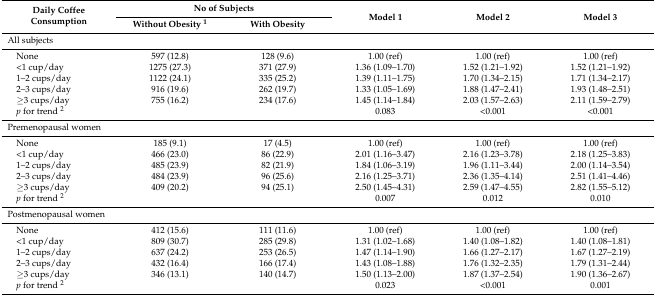
<table><thead><tr><td rowspan="2"><b>Daily Coffee Consumption</b></td><td colspan="2"><b>No of Subjects </b></td><td rowspan="2"><b>Model 1</b></td><td rowspan="2"><b>Model 2</b></td><td rowspan="2"><b>Model 3</b></td></tr><tr><td><b>Without Obesity <sup>1</sup></b></td><td><b>With Obesity</b></td></tr></thead><tbody><tr><td>All subjects</td><td></td><td></td><td></td><td></td><td></td></tr><tr><td> None</td><td>597 (12.8)</td><td>128 (9.6)</td><td>1.00 (ref)</td><td>1.00 (ref)</td><td>1.00 (ref)</td></tr><tr><td> &lt;1 cup/day</td><td>1275 (27.3)</td><td>371 (27.9)</td><td>1.36 (1.09–1.70)</td><td>1.52 (1.21–1.92)</td><td>1.52 (1.21–1.92)</td></tr><tr><td> 1–2 cups/day</td><td>1122 (24.1)</td><td>335 (25.2)</td><td>1.39 (1.11–1.75)</td><td>1.70 (1.34–2.15)</td><td>1.71 (1.34–2.17)</td></tr><tr><td> 2–3 cups/day</td><td>916 (19.6)</td><td>262 (19.7)</td><td>1.33 (1.05–1.69)</td><td>1.88 (1.47–2.41)</td><td>1.93 (1.48–2.51)</td></tr><tr><td> ≥3 cups/day</td><td>755 (16.2)</td><td>234 (17.6)</td><td>1.45 (1.14–1.84)</td><td>2.03 (1.57–2.63)</td><td>2.11 (1.59–2.79)</td></tr><tr><td> <i>p</i> for trend <sup>2</sup></td><td></td><td></td><td>0.083</td><td>&lt;0.001</td><td>&lt;0.001</td></tr><tr><td>Premenopausal women</td><td></td><td></td><td></td><td></td><td></td></tr><tr><td> None</td><td>185 (9.1)</td><td>17 (4.5)</td><td>1.00 (ref)</td><td>1.00 (ref)</td><td>1.00 (ref)</td></tr><tr><td> &lt;1 cup/day</td><td>466 (23.0)</td><td>86 (22.9)</td><td>2.01 (1.16–3.47)</td><td>2.16 (1.23–3.78)</td><td>2.18 (1.25–3.83)</td></tr><tr><td> 1–2 cups/day</td><td>485 (23.9)</td><td>82 (21.9)</td><td>1.84 (1.06–3.19)</td><td>1.96 (1.11–3.44)</td><td>2.00 (1.14–3.54)</td></tr><tr><td> 2–3 cups/day</td><td>484 (23.9)</td><td>96 (25.6)</td><td>2.16 (1.25–3.71)</td><td>2.36 (1.35–4.14)</td><td>2.51 (1.41–4.46)</td></tr><tr><td> ≥3 cups/day</td><td>409 (20.2)</td><td>94 (25.1)</td><td>2.50 (1.45–4.31)</td><td>2.59 (1.47–4.55)</td><td>2.82 (1.55–5.12)</td></tr><tr><td> <i>p</i> for trend <sup>2</sup></td><td></td><td></td><td>0.007</td><td>0.012</td><td>0.010</td></tr><tr><td>Postmenopausal women</td><td></td><td></td><td></td><td></td><td></td></tr><tr><td> None</td><td>412 (15.6)</td><td>111 (11.6)</td><td>1.00 (ref)</td><td>1.00 (ref)</td><td>1.00 (ref)</td></tr><tr><td> &lt;1 cup/day</td><td>809 (30.7)</td><td>285 (29.8)</td><td>1.31 (1.02–1.68)</td><td>1.40 (1.08–1.82)</td><td>1.40 (1.08–1.81)</td></tr><tr><td> 1–2 cups/day</td><td>637 (24.2)</td><td>253 (26.5)</td><td>1.47 (1.14–1.90)</td><td>1.66 (1.27–2.17)</td><td>1.67 (1.27–2.19)</td></tr><tr><td> 2–3 cups/day</td><td>432 (16.4)</td><td>166 (17.4)</td><td>1.43 (1.08–1.88)</td><td>1.76 (1.32–2.35)</td><td>1.79 (1.31–2.44)</td></tr><tr><td> ≥3 cups/day</td><td>346 (13.1)</td><td>140 (14.7)</td><td>1.50 (1.13–2.00)</td><td>1.87 (1.37–2.54)</td><td>1.90 (1.36–2.67)</td></tr><tr><td> <i>p</i> for trend <sup>2</sup></td><td></td><td></td><td>0.023</td><td>&lt;0.001</td><td>0.001</td></tr></tbody></table>